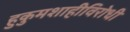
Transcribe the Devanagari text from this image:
हुकुमशाहीविरोधी